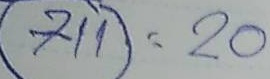
711 = 20